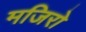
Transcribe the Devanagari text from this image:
मजिरो